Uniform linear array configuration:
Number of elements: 48
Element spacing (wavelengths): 1
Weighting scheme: exponential
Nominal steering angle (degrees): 60
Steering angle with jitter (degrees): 59.576
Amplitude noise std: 0.05
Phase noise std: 0.05

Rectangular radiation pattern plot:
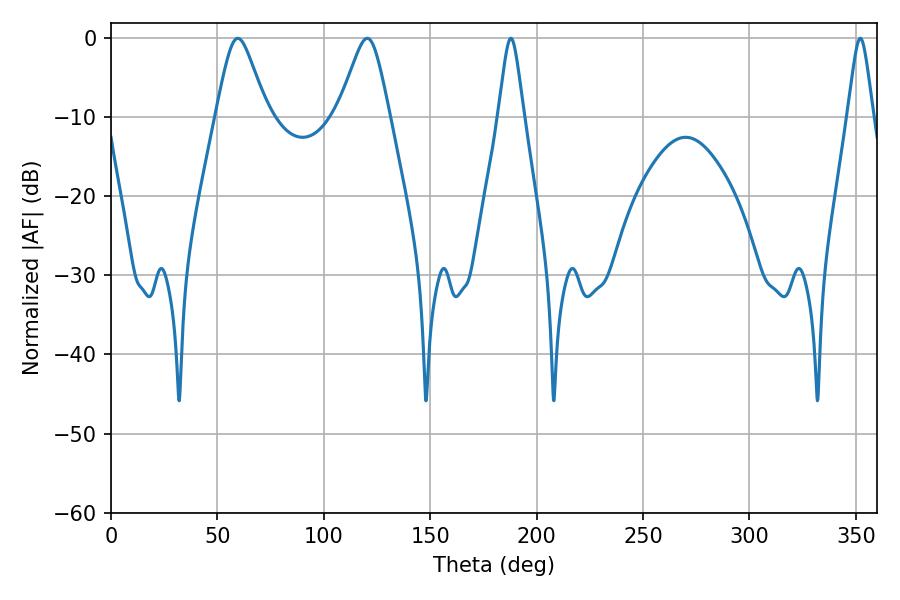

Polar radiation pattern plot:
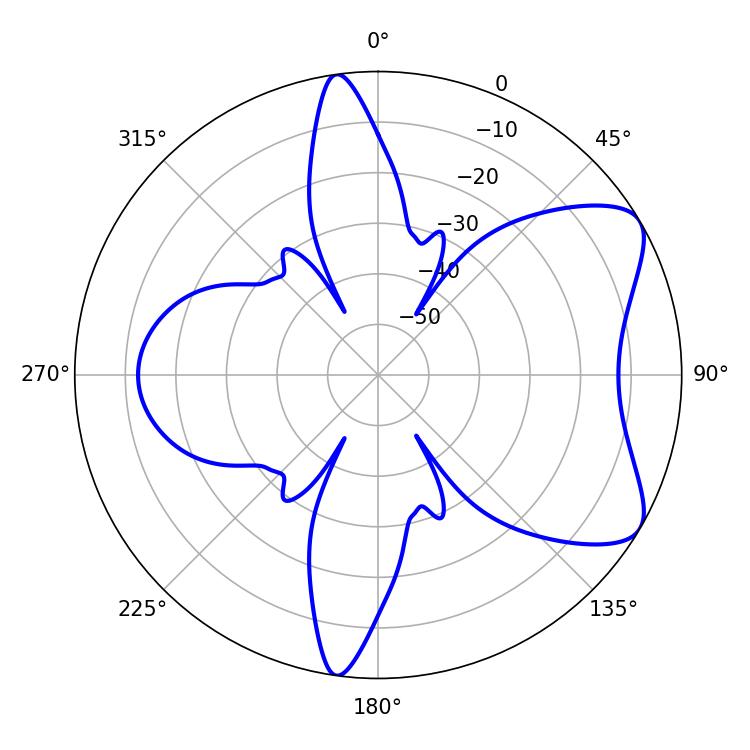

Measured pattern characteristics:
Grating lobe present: TRUE
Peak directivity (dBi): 7.169
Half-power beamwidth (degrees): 11.52
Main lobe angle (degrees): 59.58